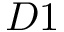
D 1